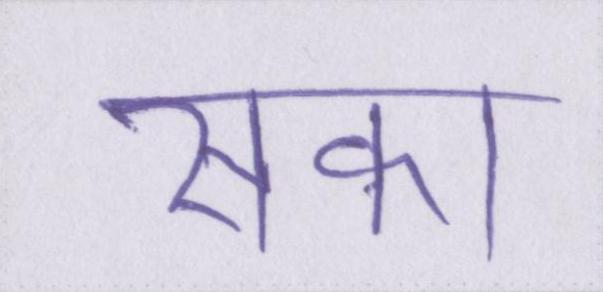
सका